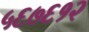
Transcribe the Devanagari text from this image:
५६७६१२